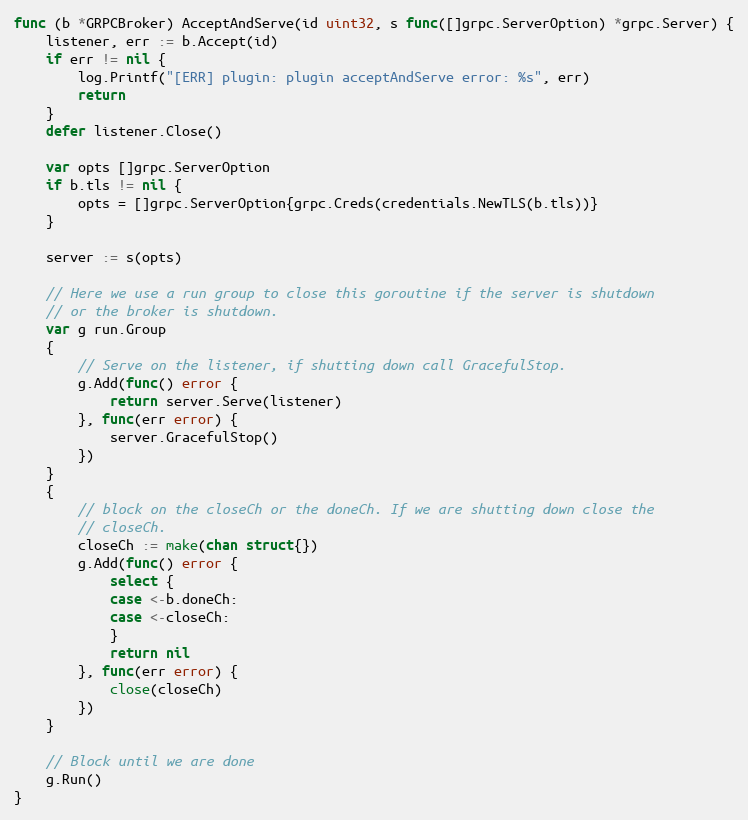
Language: Go
func (b *GRPCBroker) AcceptAndServe(id uint32, s func([]grpc.ServerOption) *grpc.Server) {
	listener, err := b.Accept(id)
	if err != nil {
		log.Printf("[ERR] plugin: plugin acceptAndServe error: %s", err)
		return
	}
	defer listener.Close()

	var opts []grpc.ServerOption
	if b.tls != nil {
		opts = []grpc.ServerOption{grpc.Creds(credentials.NewTLS(b.tls))}
	}

	server := s(opts)

	// Here we use a run group to close this goroutine if the server is shutdown
	// or the broker is shutdown.
	var g run.Group
	{
		// Serve on the listener, if shutting down call GracefulStop.
		g.Add(func() error {
			return server.Serve(listener)
		}, func(err error) {
			server.GracefulStop()
		})
	}
	{
		// block on the closeCh or the doneCh. If we are shutting down close the
		// closeCh.
		closeCh := make(chan struct{})
		g.Add(func() error {
			select {
			case <-b.doneCh:
			case <-closeCh:
			}
			return nil
		}, func(err error) {
			close(closeCh)
		})
	}

	// Block until we are done
	g.Run()
}